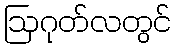
ဩဂုတ်လတွင်